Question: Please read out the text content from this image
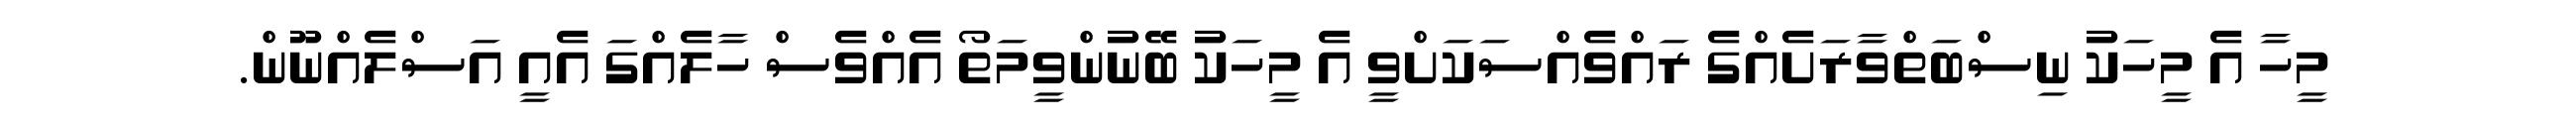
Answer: މީހާ އެ މީހަކު ނިސްބަތްވާރަށެއްގެ ރައްވެއްސަކަށްވީ އެ މީހަކު ބޭނުންވީމަތޯ އެއްވެސް ހާލެއްގަ އެއީ އަސްލެއްނޫން.